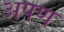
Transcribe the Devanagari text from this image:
अपण